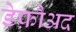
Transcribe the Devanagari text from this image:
डेफ़ौअद